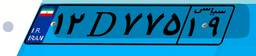
۱۲D۷۷۵۱۹